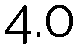
4.0